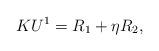
\begin{align*}K U^1=R_1+\eta R_2,\end{align*}